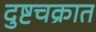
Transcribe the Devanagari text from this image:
दुष्टचक्रात